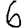
Digit: 6